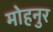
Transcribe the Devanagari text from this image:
मोहनुर